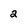
Character: 2